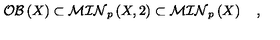
{ \cal O B } \left( X \right) \subset { \cal M I N } _ { p } \left( X , 2 \right) \subset { \cal M I N } _ { p } \left( X \right) \quad ,